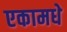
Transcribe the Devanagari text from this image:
एकामधे